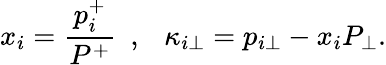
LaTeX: x_{i}={\frac{p_{i}^{+}}{P^{+}}}~~,~~~\kappa_{i\bot}=p_{i\bot}-x_{i}P_{\bot}.